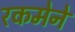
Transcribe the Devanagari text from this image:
रकमेने